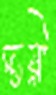
দায়ী